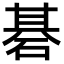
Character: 碁